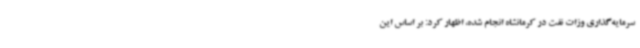
سرمایه‌گذاری وزات نفت در کرمانشاه انجام شده، اظهار کرد: بر اساس این